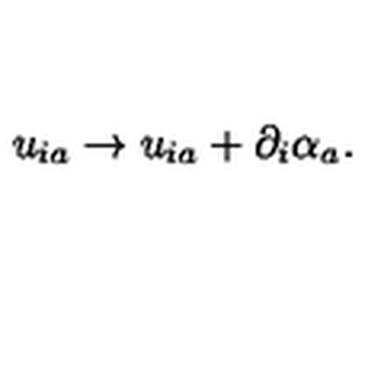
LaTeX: u _ { i a } \rightarrow u _ { i a } + \partial _ { i } \alpha _ { a } .